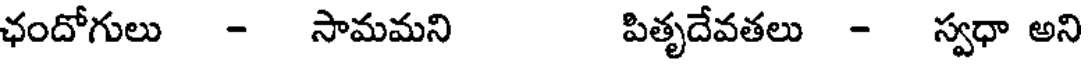
ఛందోగులు - సామమని పితృదేవతలు - స్వధా అని